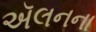
ઍલનના